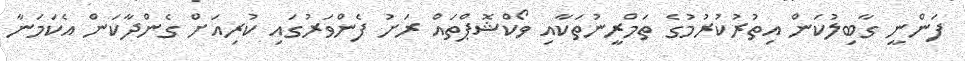
ފަންނީ ގާބިލުކަން އިތުރުކުރުމުގެ ތަމްރީނުތަކާއި ވޯކްޝޮޕްތައް ރަށު ފެންވަރުގައި ކުރިއަށް ގެންދާކަން އެކަމަނާ